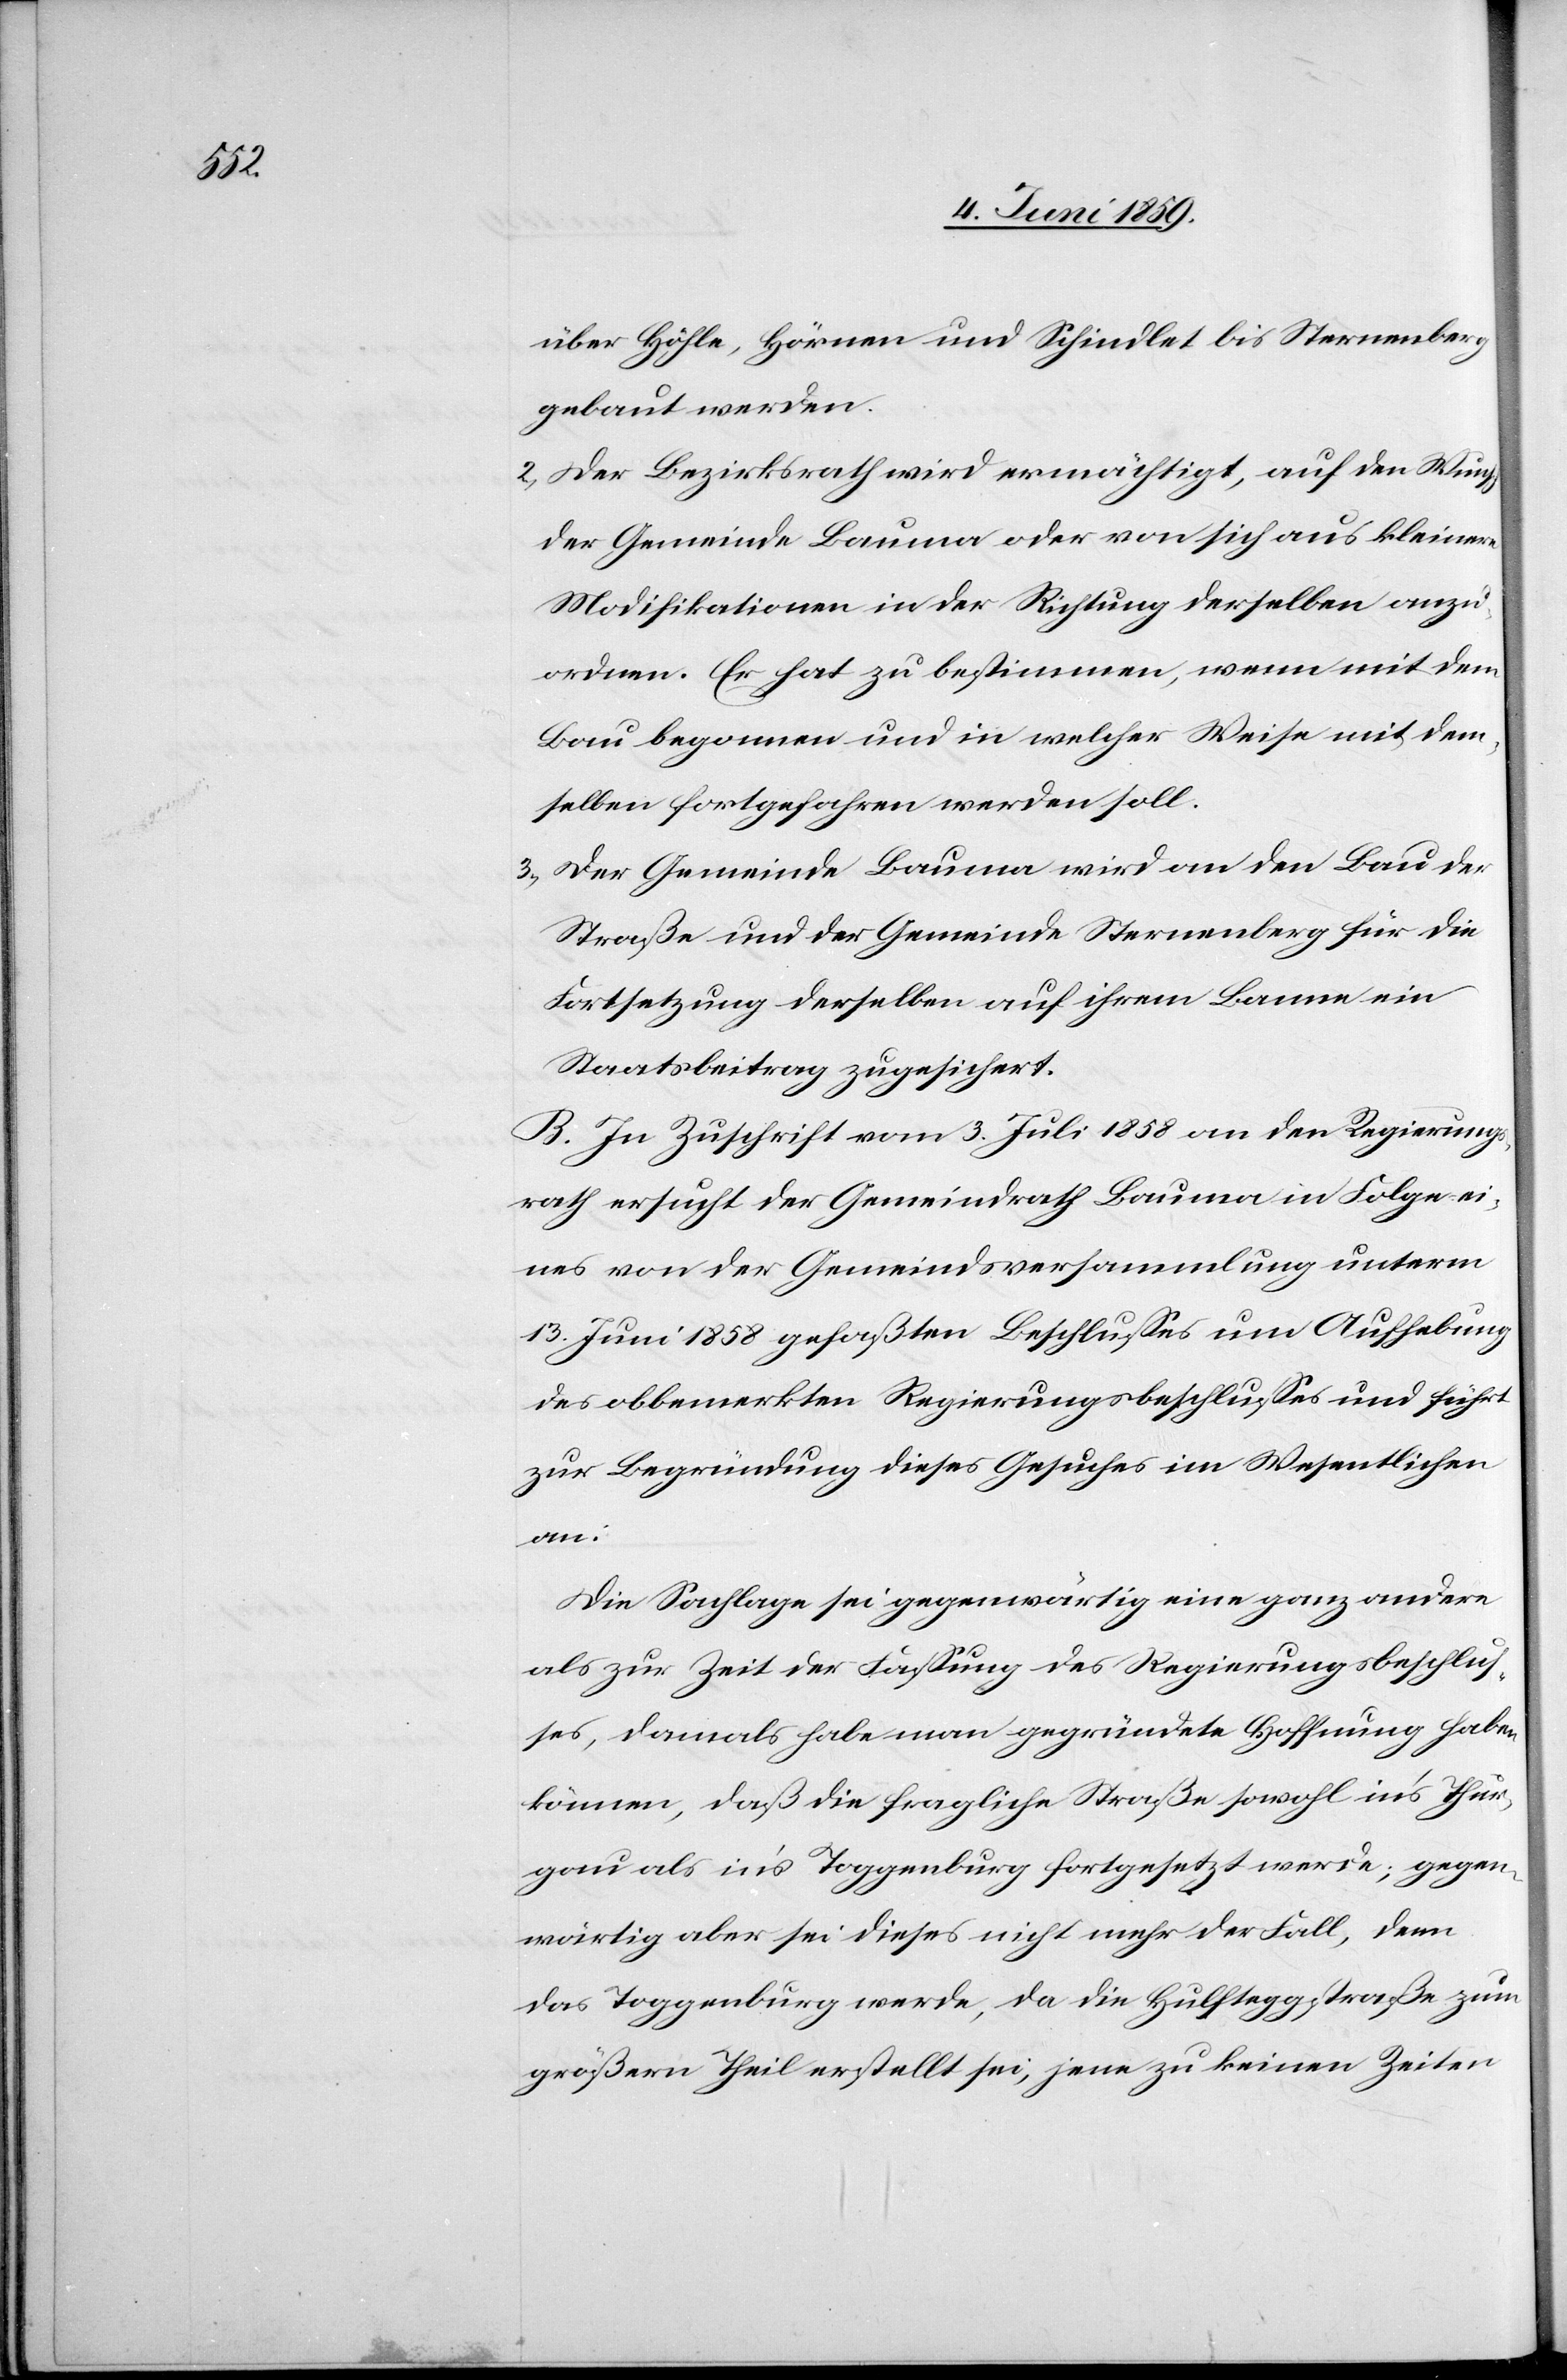
über Höhle, Hörnen und Schindlet bis Sternenberg
gebaut werden.
2) Der Bezirksrath wird ermächtigt, auf den Wunsch
der Gemeinde Bauma oder von sich aus kleinere
Modifikationen in der Richtung derselben anzu¬
ordnen. Er hat zu bestimmen, wenn [sic!] mit dem
Bau begonnen und in welcher Weise mit dem¬
selben fortgefahren werden soll.
3) Der Gemeinde Bauma wird an den Bau der
Straße und der Gemeinde Sternenberg für die
Fortsetzung derselben auf ihrem Banne ein
Staatsbeitrag zugesichert.
B. In Zuschrift vom 3. Juli 1858 an den Regierungs¬
rath ersucht der Gemeindrath Bauma in Folge ei¬
nes von der Gemeindsversammlung unterm
13. Juni 1858 gefaßten Beschlusses um Aufhebung
des obbemerkten Regierungsbeschlusses und führt
zur Begründung dieses Gesuches im Wesentlichen
an:
Die Sachlage sei gegenwärtig eine ganz andere
als zur Zeit der Fassung des Regierungsbeschlus¬
ses, damals habe man gegründete Hoffnung haben
können, daß die fragliche Straße sowohl in’s Thur¬
gau als in’s Toggenburg fortgesetzt werde; gegen¬
wärtig aber sei dieses nicht mehr der Fall, denn
das Toggenburg werde, da die Hulfteggstraße zum
größern Theil erstellt sei, jene zu keinen Zeiten